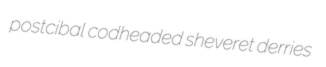
postcibal codheaded sheveret derries